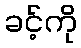
ခင့်ကို